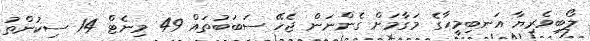
ލޯބިވެރިޔާ އަނބިމީހާގެ މަގާމަށް ގެންނަން ޖެހޭ ސަބަބުތައް 49 މިނެޓް 14 ސިކުންތު